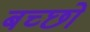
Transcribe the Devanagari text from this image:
बच्छो